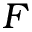
F